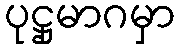
ပုဋ္ဌုမာဂမှာ